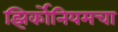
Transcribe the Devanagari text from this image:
झिर्कोनियमचा